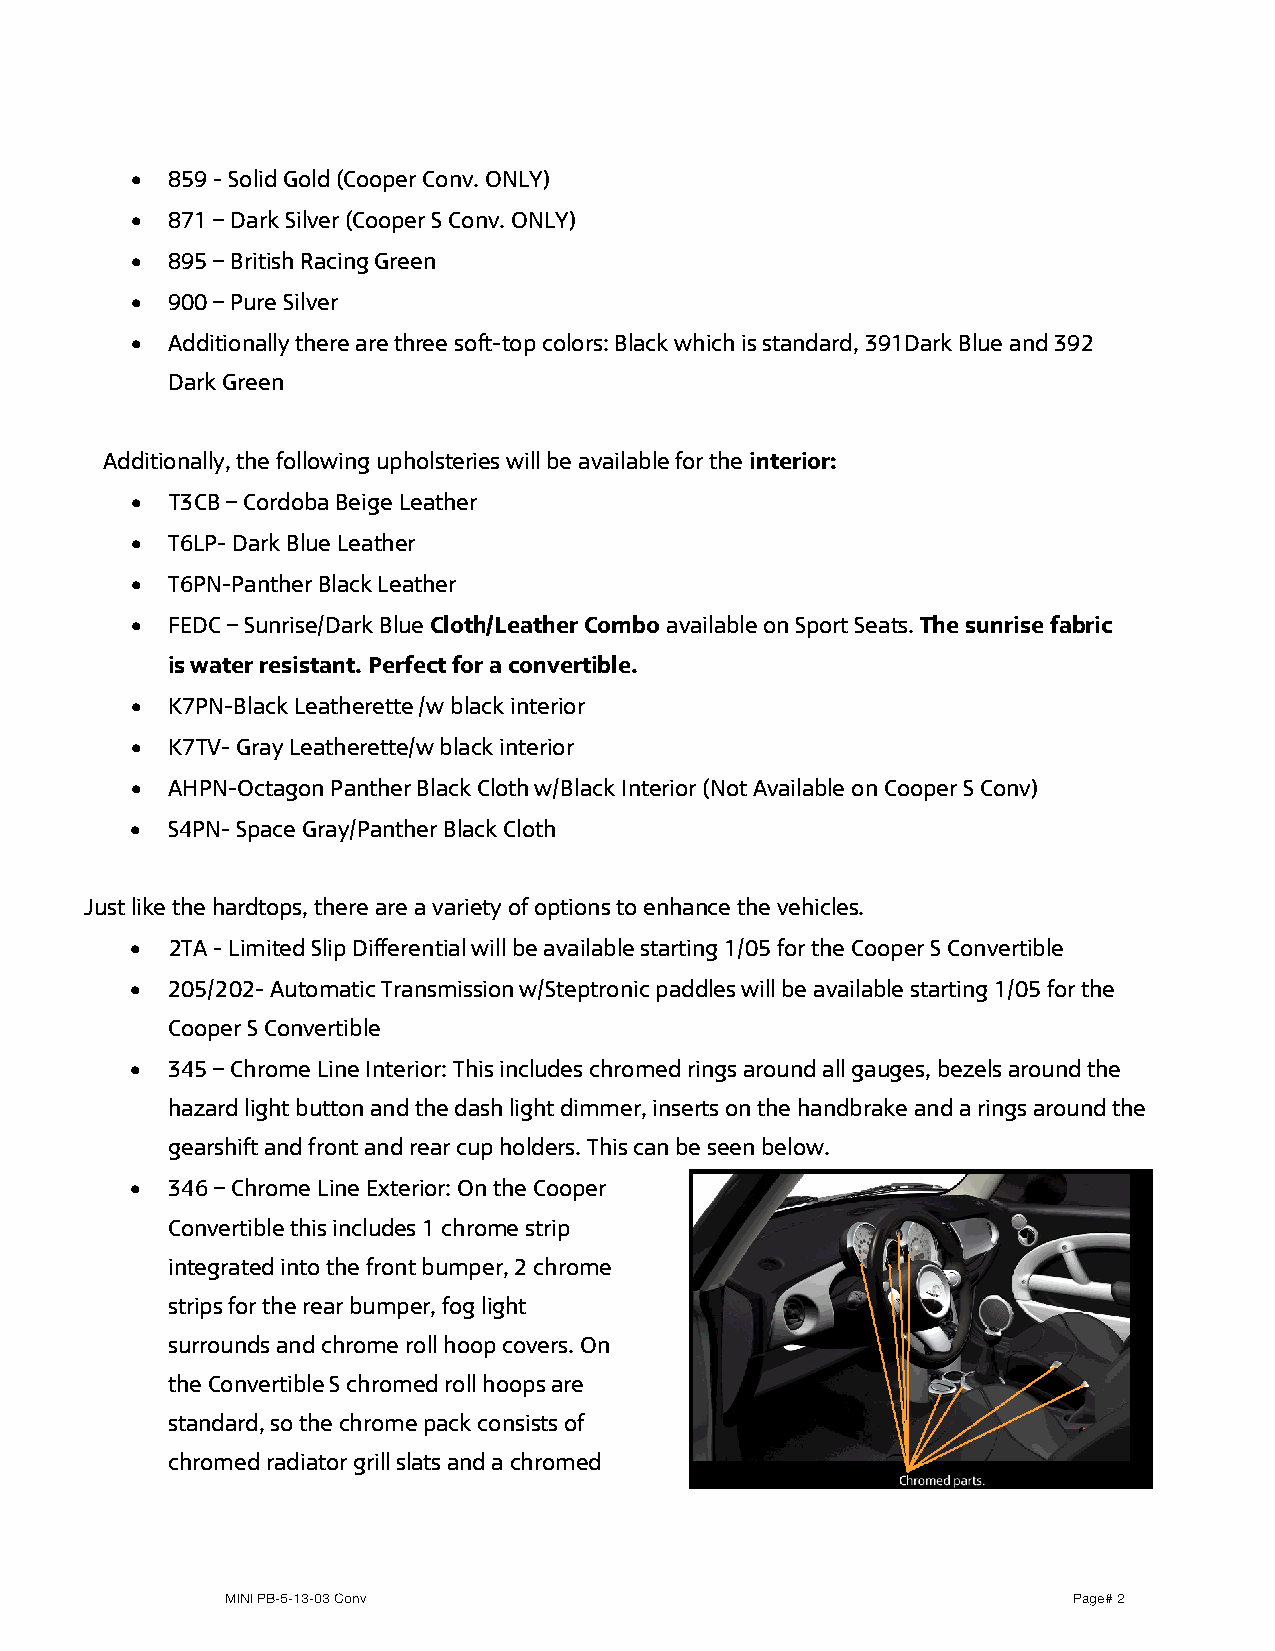
• 859 - Solid Gold (Cooper Conv. ONLY)
 • 871 – Dark Silver (Cooper S Conv. ONLY)
 • 895 – British Racing Green
 • 900 – Pure Silver
 • Additionally there are three soft-top colors: Black which is standard, 391Dark Blue and 392
 Dark Green
 Additionally, the following upholsteries will be available for the interior:
 • T3CB – Cordoba Beige Leather
 • T6LP- Dark Blue Leather
 • T6PN-Panther Black Leather
 • FEDC – Sunrise/Dark Blue Cloth/Leather Combo available on Sport Seats. The sunrise fabric
 is water resistant. Perfect for a convertible.
 • K7PN-Black Leatherette /w black interior
 • K7TV- Gray Leatherette/w black interior
 • AHPN-Octagon Panther Black Cloth w/Black Interior (Not Available on Cooper S Conv)
 • S4PN- Space Gray/Panther Black Cloth
 Just like the hardtops, there are a variety of options to enhance the vehicles.
 • 2TA - Limited Slip Differential will be available starting 1/05 for the Cooper S Convertible
 • 205/202- Automatic Transmission w/Steptronic paddles will be available starting 1/05 for the
 Cooper S Convertible
 • 345 – Chrome Line Interior: This includes chromed rings around all gauges, bezels around the
 hazard light button and the dash light dimmer, inserts on the handbrake and a rings around the
 gearshift and front and rear cup holders. This can be seen below.
 • 346 – Chrome Line Exterior: On the Cooper
 Convertible this includes 1 chrome strip
 integrated into the front bumper, 2 chrome
 strips for the rear bumper, fog light
 surrounds and chrome roll hoop covers. On
 the Convertible S chromed roll hoops are
 standard, so the chrome pack consists of
 chromed radiator grill slats and a chromed
 MINI PB-5-13-03 Conv                                    Page# 2